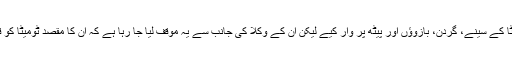
اوازاکی نے ٹومیٹا کے سینے، گردن، بازوؤں اور پیٹھ پر وار کیے لیکن ان کے وکلا کی جانب سے یہ موقف لیا جا رہا ہے کہ ان کا مقصد ٹومیٹا کو قتل کرنا نہیں تھا۔